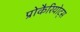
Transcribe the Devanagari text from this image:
प्रोकैरियोट्स